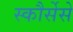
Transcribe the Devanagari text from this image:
स्कौर्सेसे